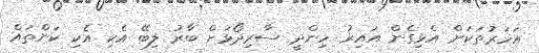
އަހަރުތަކަށް އެޅިގެން އައިރު ހިންދީ ސާރިދޯޅަށް ބާރު ލިބޭ އެކި އެކި ކަންތައް